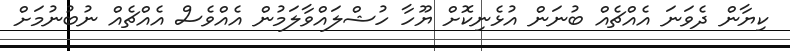
ކިޔާން ދެވަނަ އެއްޗެއް ބުނަން އުޅެނިކޮށް ޔޫހާ ހުޝްލައްވާލަމުން އެއްވެސް އެއްޗެއް ނުބުނުމަށް